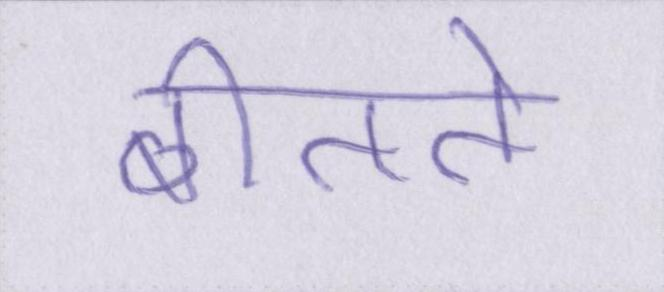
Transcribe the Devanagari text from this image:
बीतते